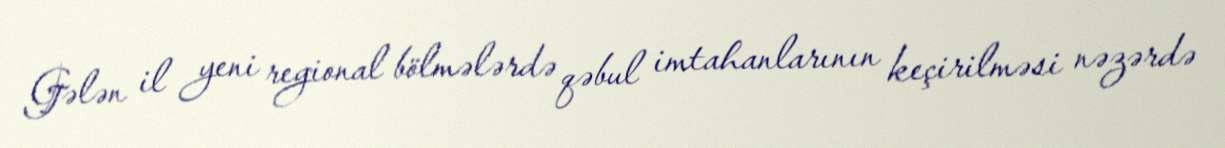
Gələn il yeni regional bölmələrdə qəbul imtahanlarının keçirilməsi nəzərdə